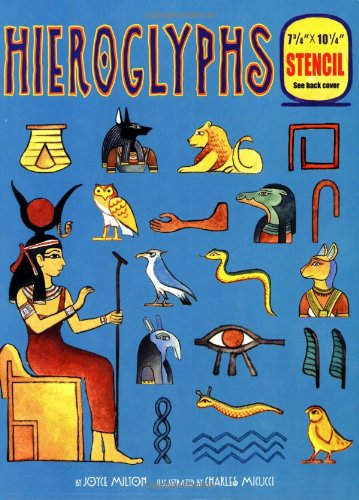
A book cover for Hieroglyphs; Joyce Milton; Children's Books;